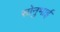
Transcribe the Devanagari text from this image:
सोनुभाई